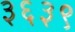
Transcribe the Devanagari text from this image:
३६३९